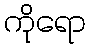
ကိုရော